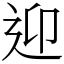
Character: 迎